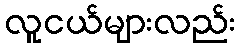
လူငယ်များလည်း